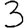
Digit: 3